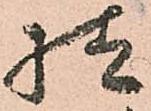
様